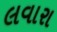
લવારા